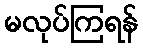
မလုပ်ကြရန်